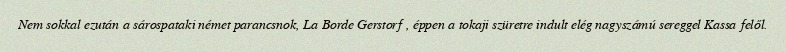
Nem sokkal ezután a sárospataki német parancsnok, La Borde Gerstorf , éppen a tokaji szüretre indult elég nagyszámú sereggel Kassa felől.